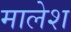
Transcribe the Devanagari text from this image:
मालेश